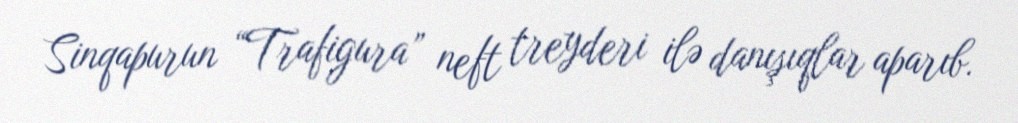
Sinqapurun “Trafigura” neft treyderi ilə danışıqlar aparıb.